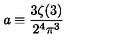
a \equiv \frac { 3 \zeta ( 3 ) } { 2 ^ { 4 } \pi ^ { 3 } }